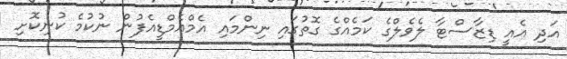
އަދި އެއީ ޑިޒާސްޓާ ލެވެލްގެ ކަމެއްގެ ގޮތުގައި ނިންމައި އެމްއެމްޑީއެފުން ނުކުމެ ކުނިކޮށި